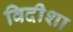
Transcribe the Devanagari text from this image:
विदीशा